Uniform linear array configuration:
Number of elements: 24
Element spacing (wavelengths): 0.5
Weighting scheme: kaiser
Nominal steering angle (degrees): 45
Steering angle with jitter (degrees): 44.956
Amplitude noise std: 0.05
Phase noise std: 0.05

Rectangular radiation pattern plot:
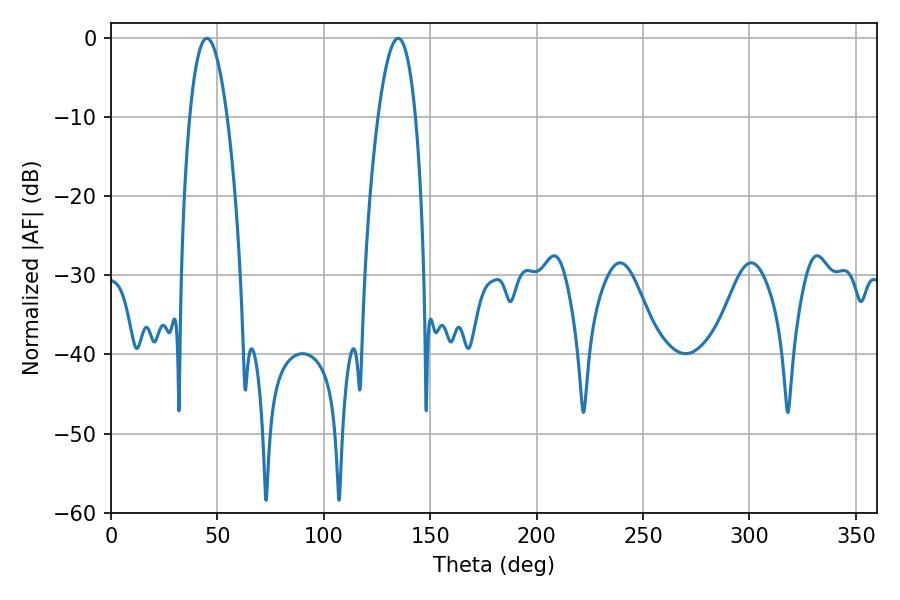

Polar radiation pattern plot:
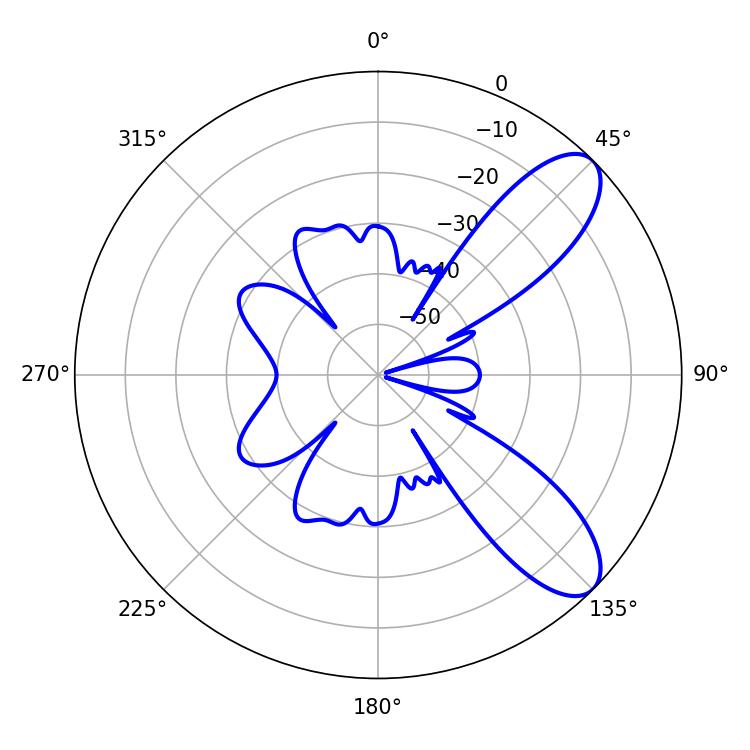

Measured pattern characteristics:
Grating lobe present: FALSE
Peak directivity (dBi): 8.906
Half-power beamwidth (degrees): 9.72
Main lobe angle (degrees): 45